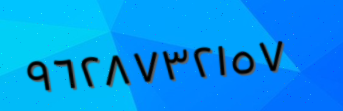
٩٦٢٨٧٣٢١٥٧